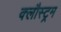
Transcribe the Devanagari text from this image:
क्लौस्ट्रम